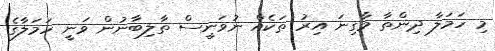
މި ހަމަލާ ދިންތާ މާގިނަ އިރު ތަކެއް ނުވަނީސް ތާލިބާނުން ވަނީ ހަމަލާގެ